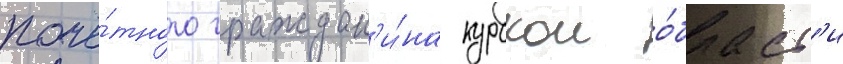
почё́тного граждан'и́на курскои о́бласт'и